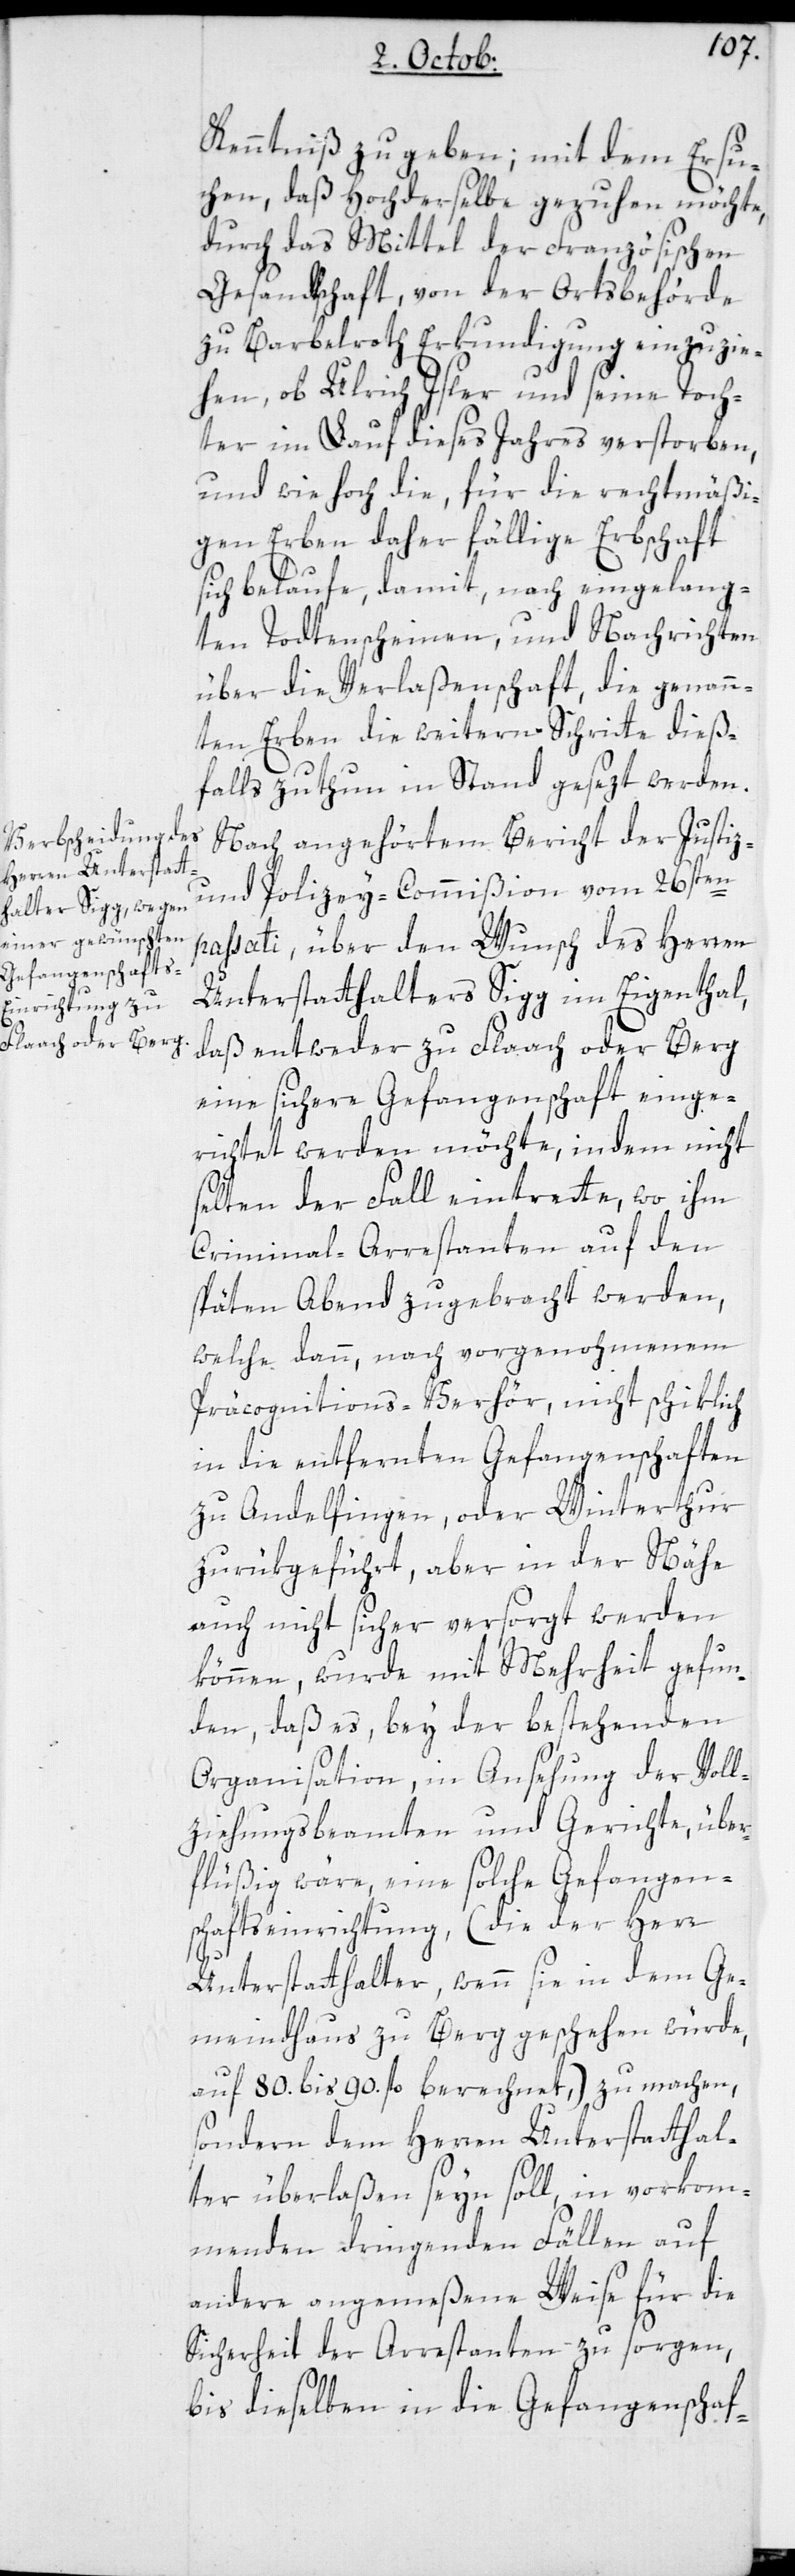
Kenntniß zu geben; mit dem Ersu¬
chen, daß hochderselbe geruhen möchte,
durch das Mittel der französischen
Gesandtschaft, von der Ortsbehörde
zu Barbelroth Erkundigung einzuzie¬
hen, ob Ulrich Isler und seine Toch¬
ter im Lauf dieses Jahres verstorben,
und wie hoch die, für die rechtmäßi¬
gen Erben daher fällige Erbschaft
sich belaufe, damit, nach eingelang¬
ten Todtenscheinen und Nachrichten
über die Verlaßenschaft, die genann¬
ten Erben die weitern Schritte dieß¬
falls zu thun in Stand gesezt werden.
Nach angehörtem Bericht der Justiz-
und Polizey-Commißion vom 26sten
passati, über den Wunsch des Herren
Unterstatthalters Sigg im Eigenthal,
daß entweder zu Flaach oder Berg
eine sichere Gefangenschaft einge¬
richtet werden möchte, indem nicht
selten der Fall eintrette, wo ihm
Criminal-Arrestanten auf den
späten Abend zugebracht werden,
welche dann, nach vorgenohmenem
Präcognitions-Verhör nicht schiklich
in die entfernten Gefangenschaften
zu Andelfingen, oder Winterthur
zurükgeführt, aber in der Nähe
auch nicht sicher versorgt werden
können, wurde mit Mehrheit gefun¬
den, daß es, bey der bestehenden
Organisation, in Ansehung der Voll¬
ziehungsbeamten und Gerichte, über¬
flüßig wäre, eine solche Gefangen¬
schaftseinrichtung, (die der Herr
Unterstatthalter, wenn sie in dem Ge¬
meindhaus zu Berg geschehen würde,
auf 80. bis 90. fl. berechnet,) zu machen,
sondern dem Herren Unterstatthal¬
ter überlaßen seyn soll, in vorkom¬
menden dringenden Fällen auf
andere angemeßene Weise für die
Sicherheit der Arrestanten zu sorgen,
bis dieselben in die Gefangenschaf-